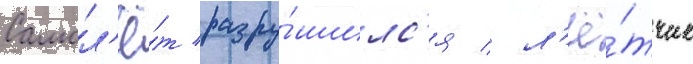
Самол'ё́т разру́шилс'я / л'ё́тчик